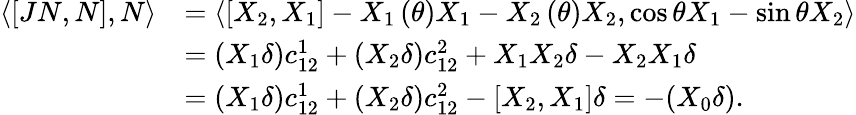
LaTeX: \begin{array}{rl}{\left\langle\left[JN,N\right],N\right\rangle}&{=\left\langle\left[X_{2},X_{1}\right]-X_{1}\left(\theta\right)X_{1}-X_{2}\left(\theta\right)X_{2},\cos\theta X_{1}-\sin\theta X_{2}\right\rangle}\\ &{=\left(X_{1}\delta\right)c_{12}^{1}+\left(X_{2}\delta\right)c_{12}^{2}+X_{1}X_{2}\delta-X_{2}X_{1}\delta}\\ &{=\left(X_{1}\delta\right)c_{12}^{1}+\left(X_{2}\delta\right)c_{12}^{2}-[X_{2},X_{1}]\delta=-(X_{0}\delta).}\end{array}